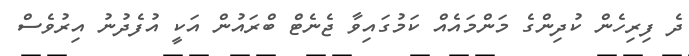
ދެ ފިރިހެން ކުދިންގެ މަންމައެއް ކަމުގައިވާ ޖެނެޓް ބްރައުން އަކީ އުފެދުނު އިރުވެސް